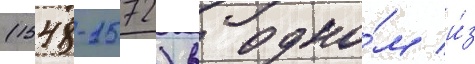
(1548-1572) в одно́м и́з